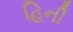
હિની